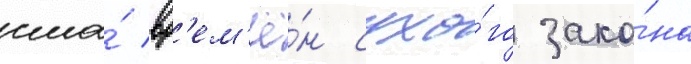
сша́ вр'ем'ё́н сухо́го зако́на